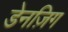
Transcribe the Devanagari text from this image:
डेनज़िग